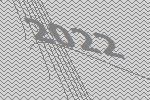
2022